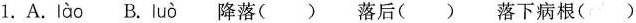
1.A. lào B. luò 降落( )落后( )落下病根( )